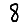
Digit: 8